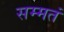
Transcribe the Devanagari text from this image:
सम्मतं